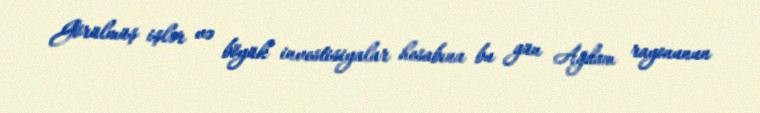
Görülmüş işlər və böyük investisiyalar hesabına bu gün Ağdam rayonunun